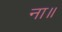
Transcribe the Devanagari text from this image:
ना॥